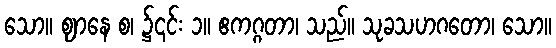
သော။ ဈာနေ စ၊ ၌၎င်း ၁။ ဧကဂ္ဂတာ၊ သည်။ သုခသဟဂတော၊ သော။